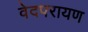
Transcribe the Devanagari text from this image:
वेदपरायण